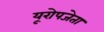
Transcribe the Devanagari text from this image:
यूरोपजेता